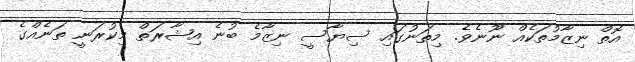
އޮތް ނިޒާމުތަކެއް ނޫނެވެ. މިތަނުގައި ސިޔާސީ ނިޒާމެ ބުނެ އިޝާރަތް މިކުރަނީ ތަނެއްގެ